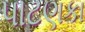
પાટણકા